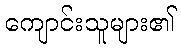
ကျောင်းသူများ၏